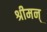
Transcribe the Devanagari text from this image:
श्रीमन्